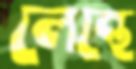
লেন্থে